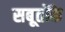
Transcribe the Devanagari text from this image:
सबूतोंके